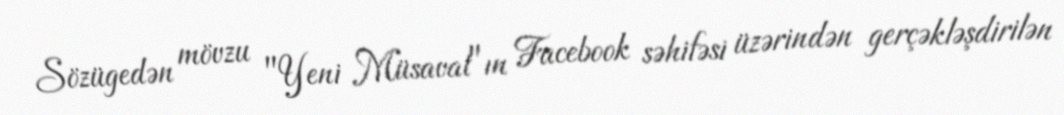
Sözügedən mövzu "Yeni Müsavat"ın Facebook səhifəsi üzərindən gerçəkləşdirilən